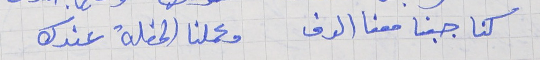
كنا جبنا معنا الدف     وعملنا الحفلة عندك